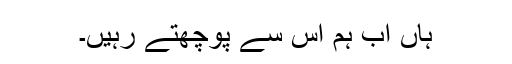
ہاں اب ہم اس سے پوچھتے رہیں۔